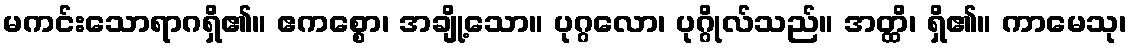
မကင်းသောရာဂရှိ၏။ ဧကစ္စော၊ အချို့သော။ ပုဂ္ဂလော၊ ပုဂ္ဂိုလ်သည်။ အတ္ထိ၊ ရှိ၏။ ကာမေသု၊